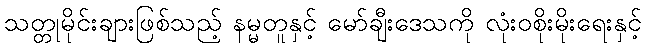
သတ္တုမိုင်းချားဖြစ်သည့် နမ္မတူနှင့် မော်ချီးဒေသကို လုံးဝစိုးမိုးရေးနှင့်